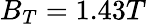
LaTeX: B_{T}=1.43T